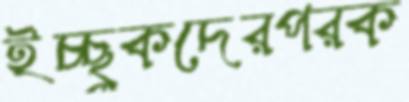
ইচ্ছুকদেরপরক